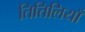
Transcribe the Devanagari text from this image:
तितिलियाँ